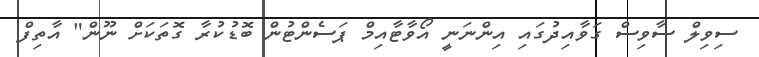
ސިވިލް ސާވިސް ގަވާއިދުގައި އިންނަނީ އޯވާޓާއިމް ޕަސެންޓުން ބޮޑުކުރާ ގޮތަކަށް ނޫން" އާތިފް